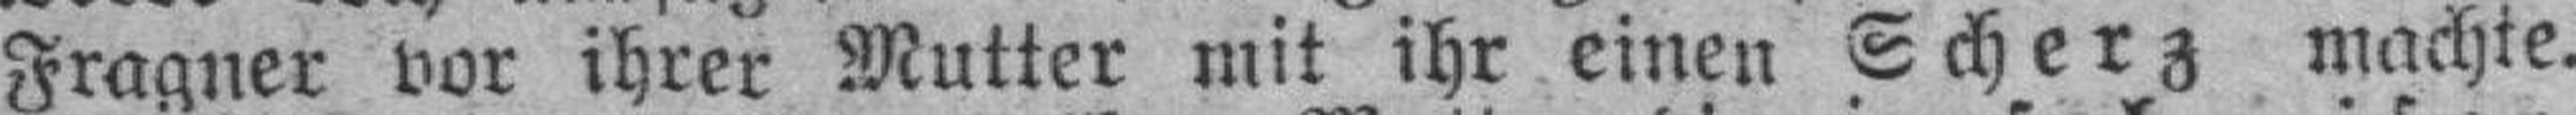
Fragner vor ihrer Mutter mit ihr einen Scherz machte.